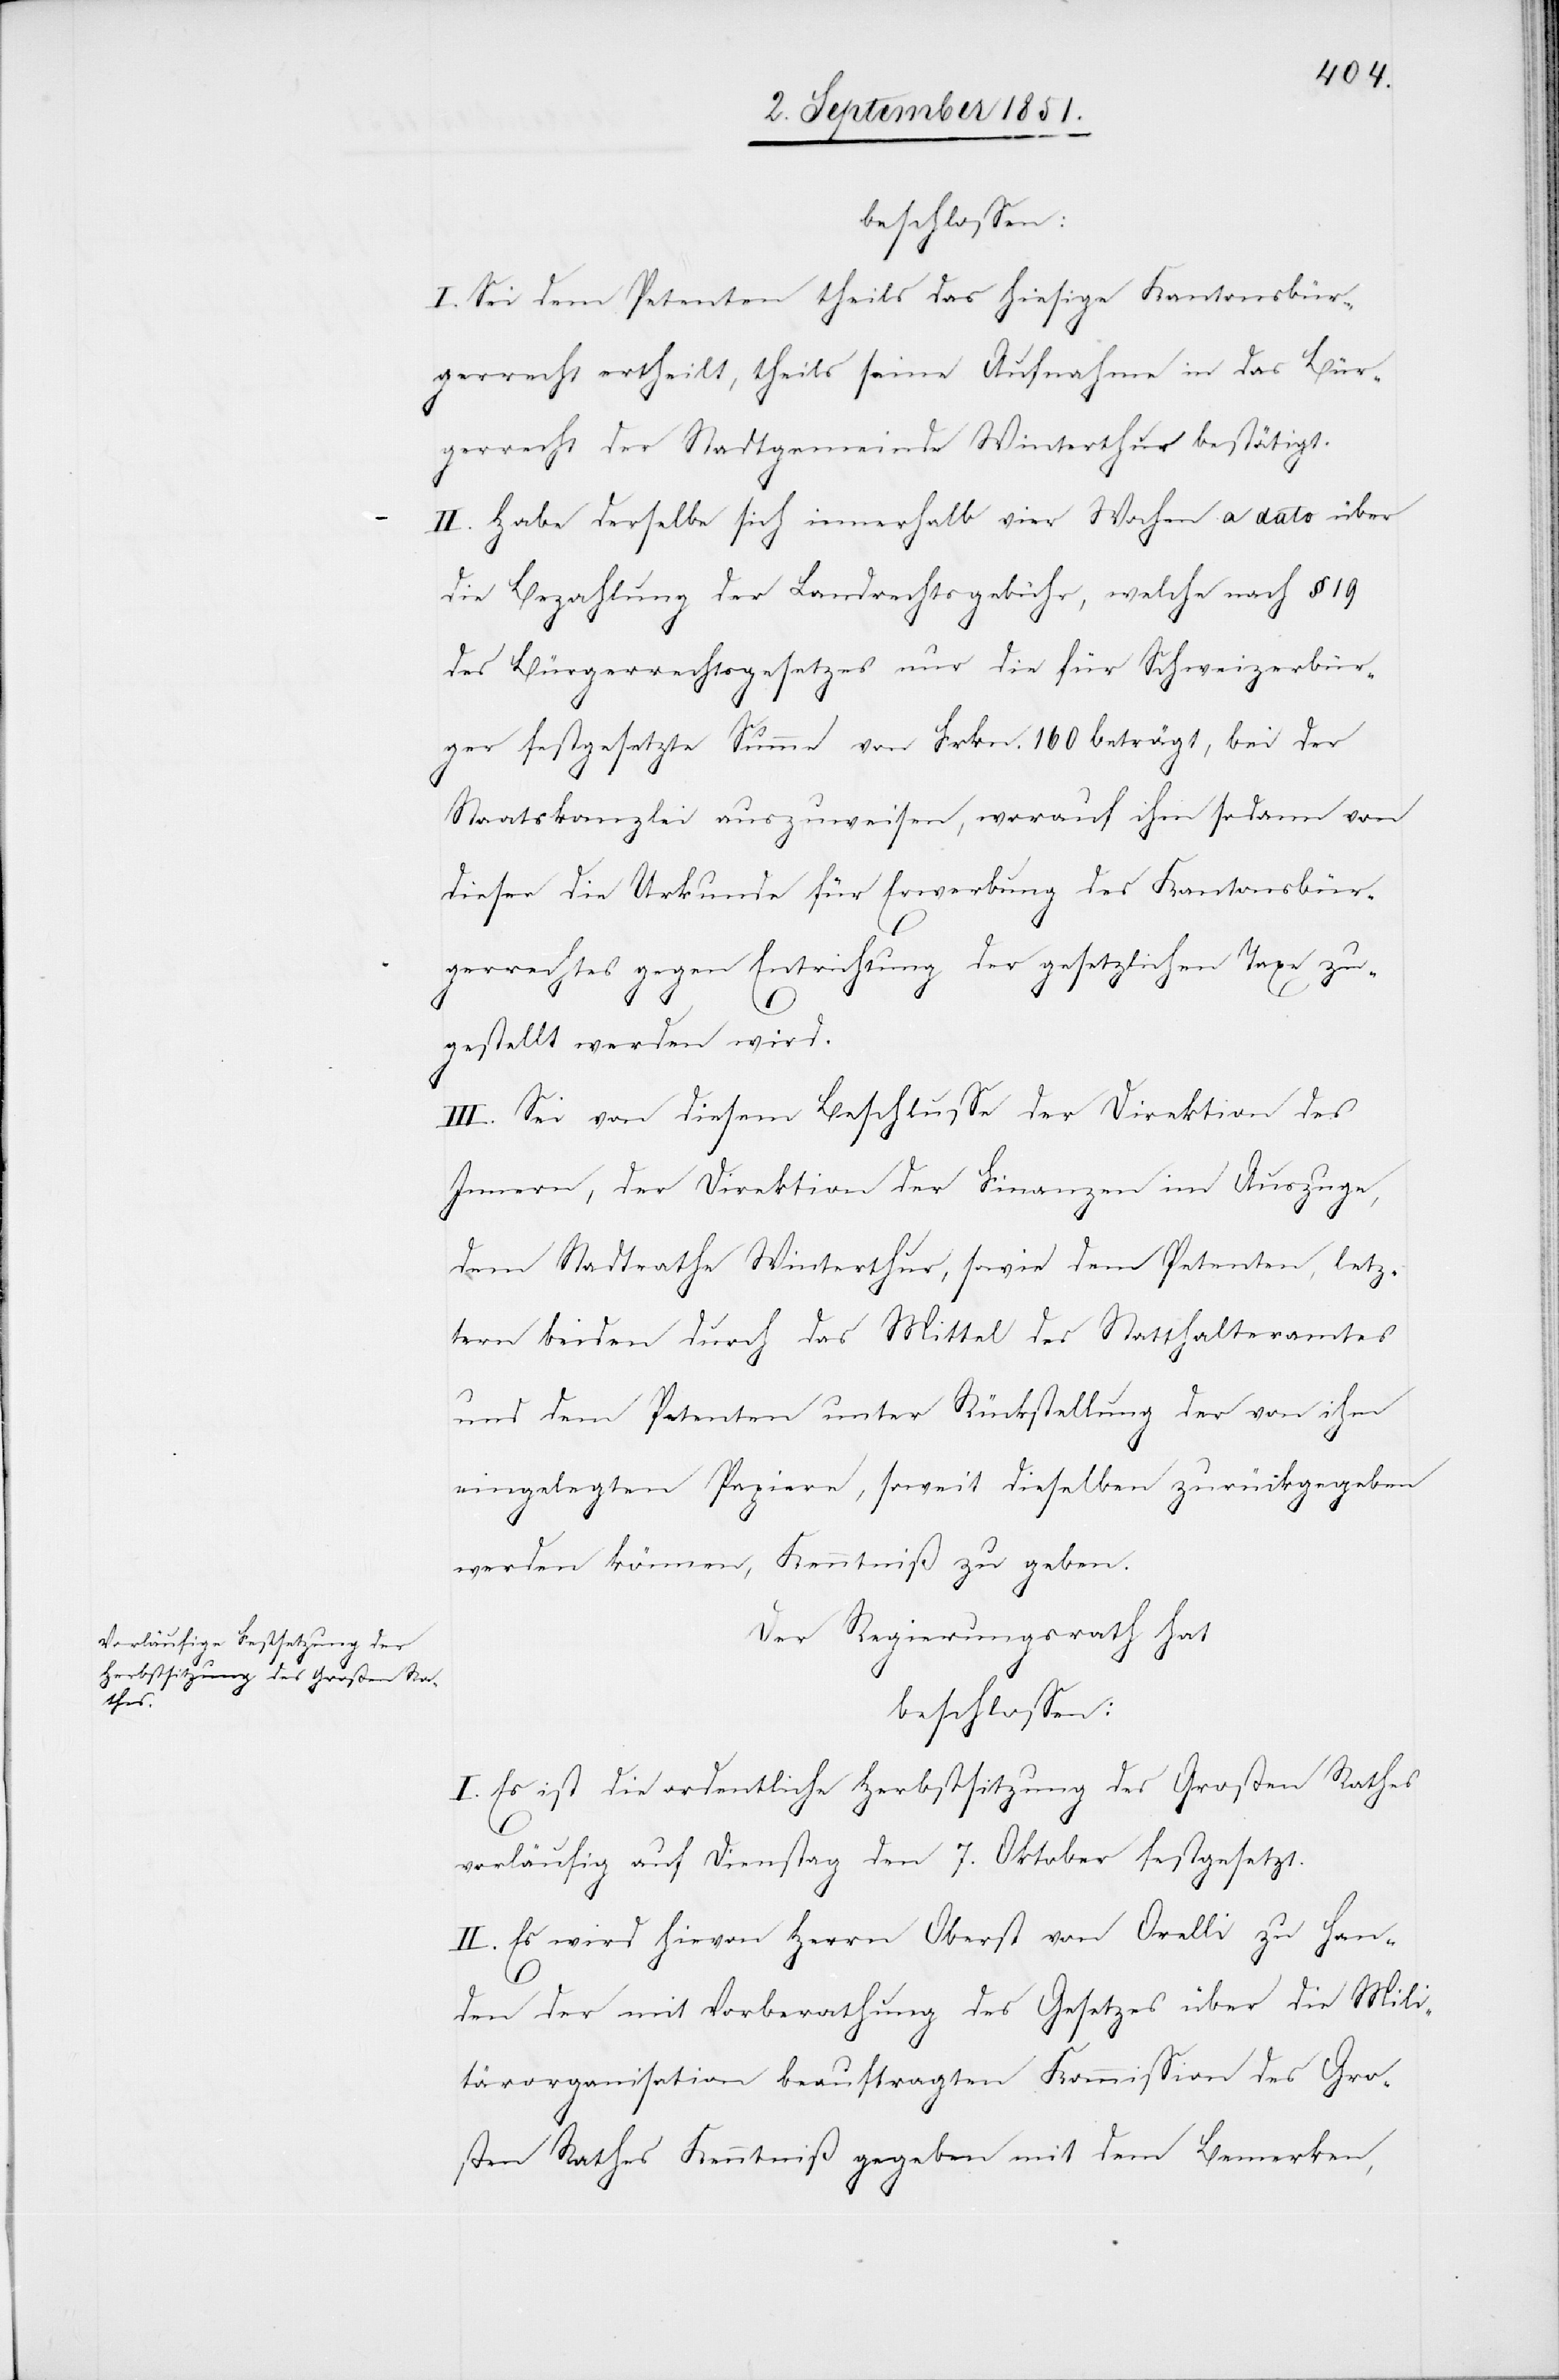
beschlossen:
I. Sei dem Petenten theils das hiesige Kantonsbür¬
gerrecht ertheilt, theils seine Aufnahme in das Bür¬
gerrecht der Stadtgemeinde Winterthur bestätigt.
II. Habe derselbe sich innerhalb vier Wochen a dato über
die Bezahlung der Landrechtsgebühr, welche nach § 19
des Bürgerrechtsgesetzes nur die für Schweizerbür¬
ger festgesetzte Summe von Frkn. 160 beträgt, bei der
Staatskanzlei auszuweisen, worauf ihm sodann von
dieser die Urkunde für Erwerbung des Kantonsbür¬
gerrechtes gegen Entrichtung der gesetzlichen Taxe zu¬
gestellt werden wird.
III. Sei von diesem Beschlusse der Direktion des
Innern, der Direktion der Finanzen im Auszuge,
dem Stadtrathe Winterthur, sowie dem Petenten, letz¬
tern beiden durch das Mittel des Statthalteramtes
und dem Petenten unter Rückstellung der von ihm
eingelegten Papiere, soweit dieselben zurückgegeben
werden können, Kenntniß zu geben.
Der Regierungsrath hat
beschlossen:
I. Es ist die ordentliche Herbstsitzung des Großen Rathes
vorläufig auf Dienstag den 7. Oktober festgesetzt.
II. Es wird hievon Herrn Oberst von Orelli zu Han¬
den der mit Vorberathung des Gesetzes über die Mili¬
tärorganisation beauftragten Kommission des Gro¬
ßen Rathes Kenntniß gegeben mit dem Bemerken,